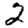
Digit: 2